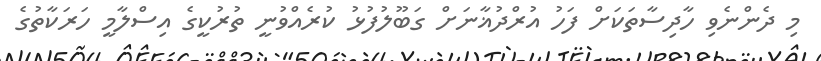
މި ދެންނެވި ހާދިސާތަކަށް ފަހު އުރްދުޣާނަށް ގަބޫލުފުޅު ކުރެއްވުނީ ތުރުކީގެ އިސްލާމީ ހަރަކާތުގެ